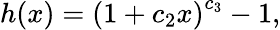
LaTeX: h(x)=\left(1+c_{2}x\right)^{c_{3}}-1,